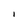
Character: I